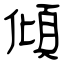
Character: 傾